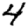
Digit: 4